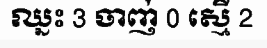
ឈ្នះ 3 ចាញ់ 0 ស្មើ 2